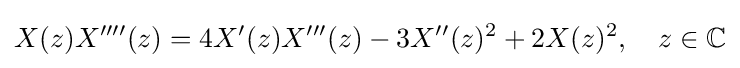
X(z)X''''(z)=4X'(z)X'''(z)-3X''(z)^{2}+2X(z)^{2},\quad z\in \mathbb {C}